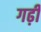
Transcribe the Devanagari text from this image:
गढ़ीं